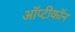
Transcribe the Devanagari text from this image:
ऑप्टीकॉन